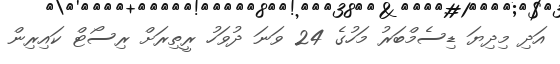
އަދި މިދިޔަ ޑިސެމްބަރު މަހުގެ 24 ވަނަ ދުވަހު ރީތިރަށް ރިސޯޓް ކައިރިން